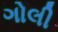
ગોલી